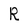
Character: R